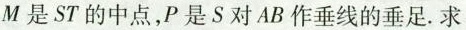
M是ST的中点，P是S对AB作垂线的垂足。求